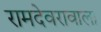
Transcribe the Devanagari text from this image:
रामदेवरावाला